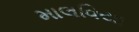
માલવિયા